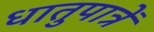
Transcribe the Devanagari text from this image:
धातुपात्रें